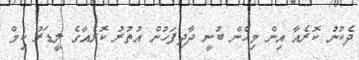
ދެކުނު ކޮރެއާ އިން މިހެން ބުނީ ދާދިފަހުން އުތުރު ކޮރެއާގެ ލީޑަރު ކިމް